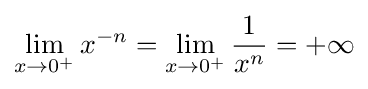
\lim _{x\to 0^{+}}x^{-n}=\lim _{x\to 0^{+}}{\frac {1}{x^{n}}}=+\infty